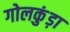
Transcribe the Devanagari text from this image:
गोलकुंड़ा